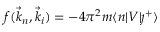
f ( \vec { k } _ { n } , \vec { k } _ { i } ) = - 4 \pi ^ { 2 } m \langle n \lvert V \lvert \j ^ { + } \rangle